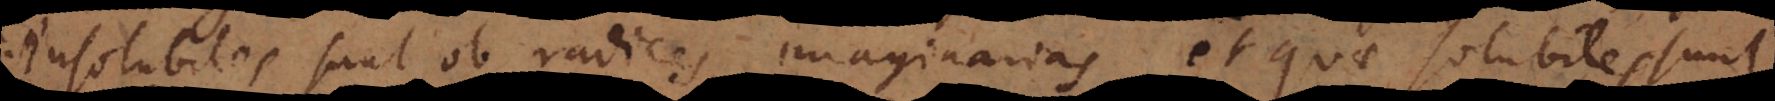
insolubiles sunt ob radices imaginarias, et quae [in]solubiles sunt